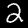
Label: 2